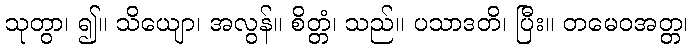
သုတွာ၊ ၍။ သိယျော၊ အလွန်။ စိတ္တံ၊ သည်။ ပသာဒတိ၊ ပြီး။ တမေဝအတ္တ၊